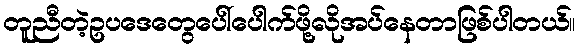
တူညီတဲ့ဥပဒေတွေပေါ်ပေါက်ဖို့လိုအပ်နေတာဖြစ်ပါတယ်။